Annual report on the Civil Veterinary Department, Burma (including the Insein Veterinary School) - 1923-1931
Year: 1923
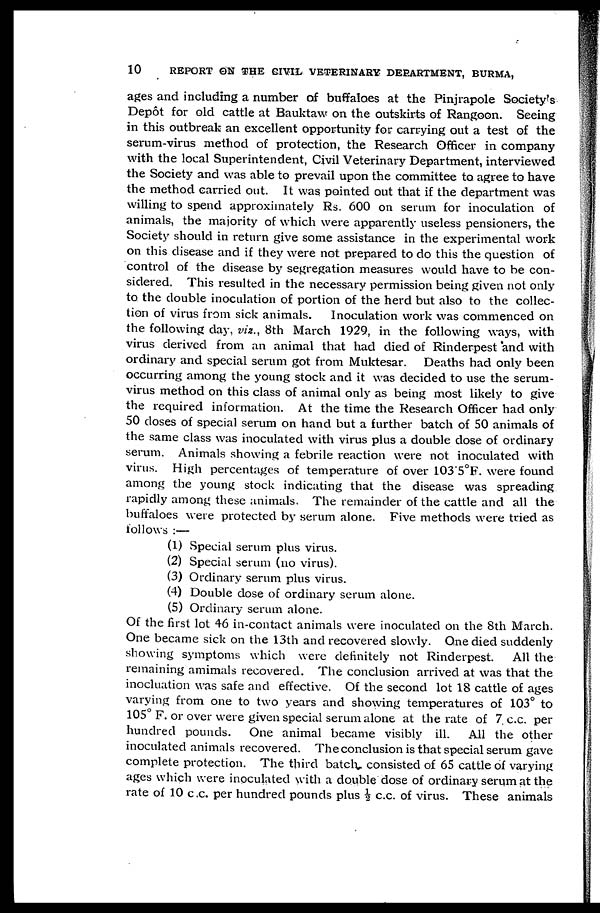
10
REPORT ON THE CIVIL VETERINARY DEPARTMENT, BURMA,
ages and including a number of buffaloes at the Pinjrapole Society's
Depôt for old cattle at Bauktaw on the outskirts of Rangoon. Seeing
in this outbreak an excellent opportunity for carrying out a test of the
serum-virus method of protection, the Research Officer in company
with the local Superintendent, Civil Veterinary Department, interviewed
the Society and was able to prevail upon the committee to agree to have
the method carried out. It was pointed out that if the department was
willing to spend approximately Rs. 600 on serum for inoculation of
animals, the majority of which were apparently useless pensioners, the
Society should in return give some assistance in the experimental work
on this disease and if they were not prepared to do this the question of
control of the disease by segregation measures would have to be con-
sidered. This resulted in the necessary permission being given not only
to the double inoculation of portion of the herd but also to the collec-
tion of virus from sick animals. Inoculation work was commenced on
the following day, viz., 8th March 1929, in the following ways, with
virus derived from an animal that had died of Rinderpest and with
ordinary and special serum got from Muktesar. Deaths had only been
occurring among the young stock and it was decided to use the serum-
virus method on this class of animal only as being most likely to give
the required information. At the time the Research Officer had only
50 closes of special serum on hand but a further batch of 50 animals of
the same class was inoculated with virus plus a double dose of ordinary
serum. Animals showing a febrile reaction were not inoculated with
virus. High percentages of temperature of over 103'5°F. were found
among the young stock indicating that the disease was spreading
rapidly among these animals. The remainder of the cattle and all the
buffaloes were protected by serum alone. Five methods were tried as
follows :—
(1) Special serum plus virus.
(2) Special serum (no virus).
(3) Ordinary serum plus virus.
(4) Double dose of ordinary serum alone.
(5) Ordinary serum alone.
Of the first lot 46 in-contact animals were inoculated on the 8th March.
One became sick on the 13th and recovered slowly. One died suddenly
showing symptoms which were definitely not Rinderpest. All the
remaining amimals recovered. The conclusion arrived at was that the
inocluation was safe and effective. Of the second lot 18 cattle of ages
varying from one to two years and showing temperatures of 103° to
105 F. or over were given special serum alone at the rate of 7 c.c. per
hundred pounds. One animal became visibly ill. All the other
inoculated animals recovered. The conclusion is that special serum gave
complete protection. The third batch consisted of 65 cattle of varying
ages which were inoculated with a double dose of ordinary serum at the
rate of 10 c.c. per hundred pounds plus ½ c.c. of virus. These animals